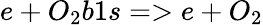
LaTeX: e+O_{2}b1s=>e+O_{2}